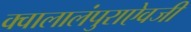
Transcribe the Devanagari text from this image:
क्वालालंपुराऐवजी